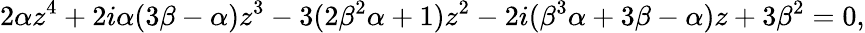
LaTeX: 2\alpha z^{4}+2i\alpha(3\beta-\alpha)z^{3}-3(2\beta^{2}\alpha+1)z^{2}-2i(\beta^{3}\alpha+3\beta-\alpha)z+3\beta^{2}=0,